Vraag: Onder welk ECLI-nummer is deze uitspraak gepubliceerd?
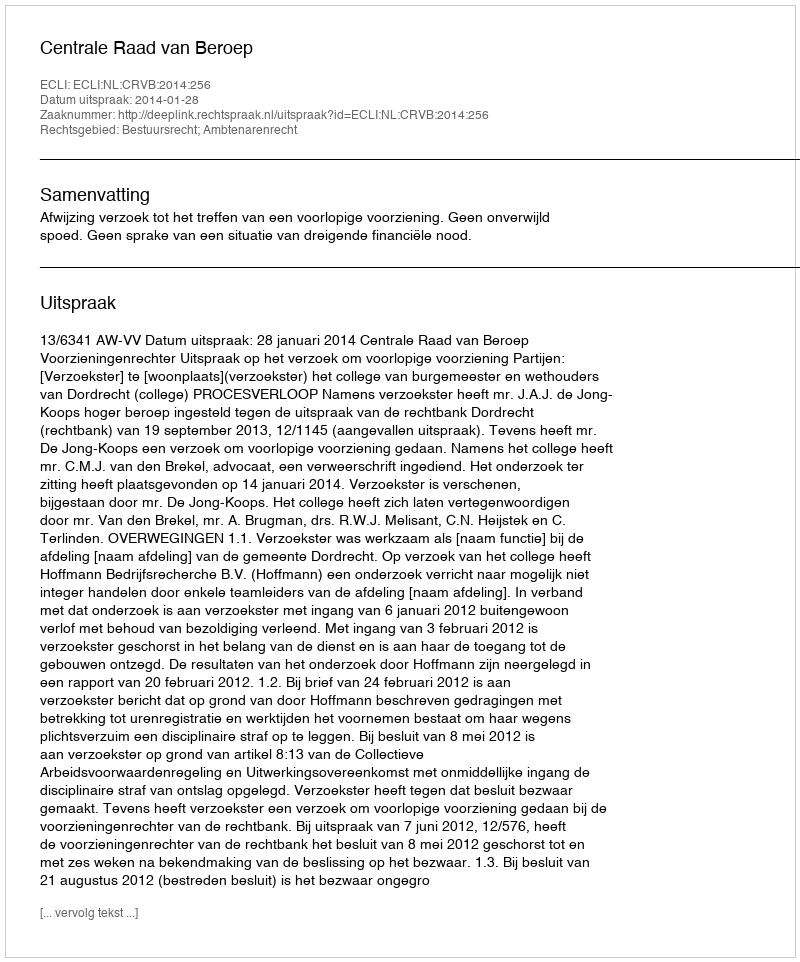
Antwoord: ECLI:NL:CRVB:2014:256